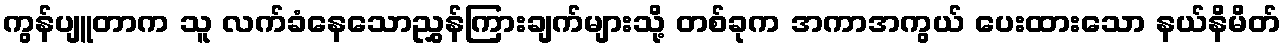
ကွန်ပျူတာက သူ လက်ခံနေသောညွှန်ကြားချက်များသို့ တစ်ခုက အကာအကွယ် ပေးထားသော နယ်နိမိတ်